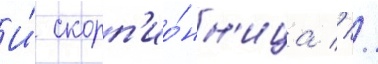
И́ скорп'ио́нн'ица // /